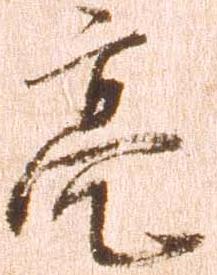
亮